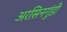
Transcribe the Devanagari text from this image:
अरसिनगुंडी